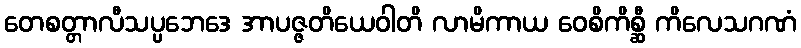
တေစတ္တာလီသပ္ပဘေဒေ အာပဇ္ဇတိယေဝါတိ လာမိကာယ ဝေစိကိစ္ဆီ ကိလေသဂဏံ